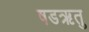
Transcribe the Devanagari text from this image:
षडऋतु